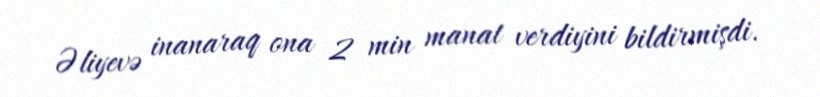
Əliyevə inanaraq ona 2 min manat verdiyini bildirmişdi.